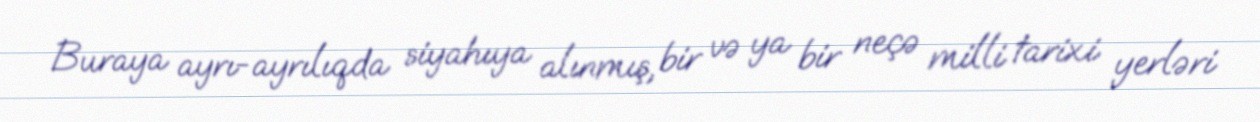
Buraya ayrı-ayrılıqda siyahıya alınmış, bir və ya bir neçə milli tarixi yerləri